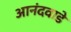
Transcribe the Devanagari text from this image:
आनंदवाडे